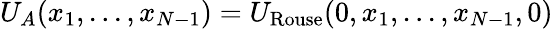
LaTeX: U_{A}(x_{1},...,x_{N-1})=U_{\mathrm{Rouse}}(0,x_{1},...,x_{N-1},0)